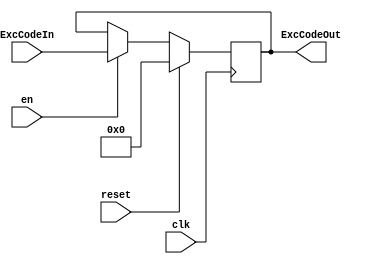
`timescale 1ns / 1ps
//////////////////////////////////////////////////////////////////////////////////
// Company: 
// Engineer: 
// 
// Design Name: 
// Module Name:    ExcCode 
// Project Name: 
// Target Devices: 
// Tool versions: 
// Description: 
//
// Dependencies: 
//
// Revision: 
// Revision 0.01 - File Created
// Additional Comments: 
//
//////////////////////////////////////////////////////////////////////////////////
module ExcCode(
    input clk,
    input reset,
	 input en,
    input [4:0] ExcCodeIn,
    output reg[4:0] ExcCodeOut
    );

	initial begin
		ExcCodeOut<=0;
	end
	
	always@(posedge clk) begin
		if(reset) begin
			ExcCodeOut<=0;
		end
		else if(en) begin
			ExcCodeOut<=ExcCodeIn;
		end
	end
endmodule